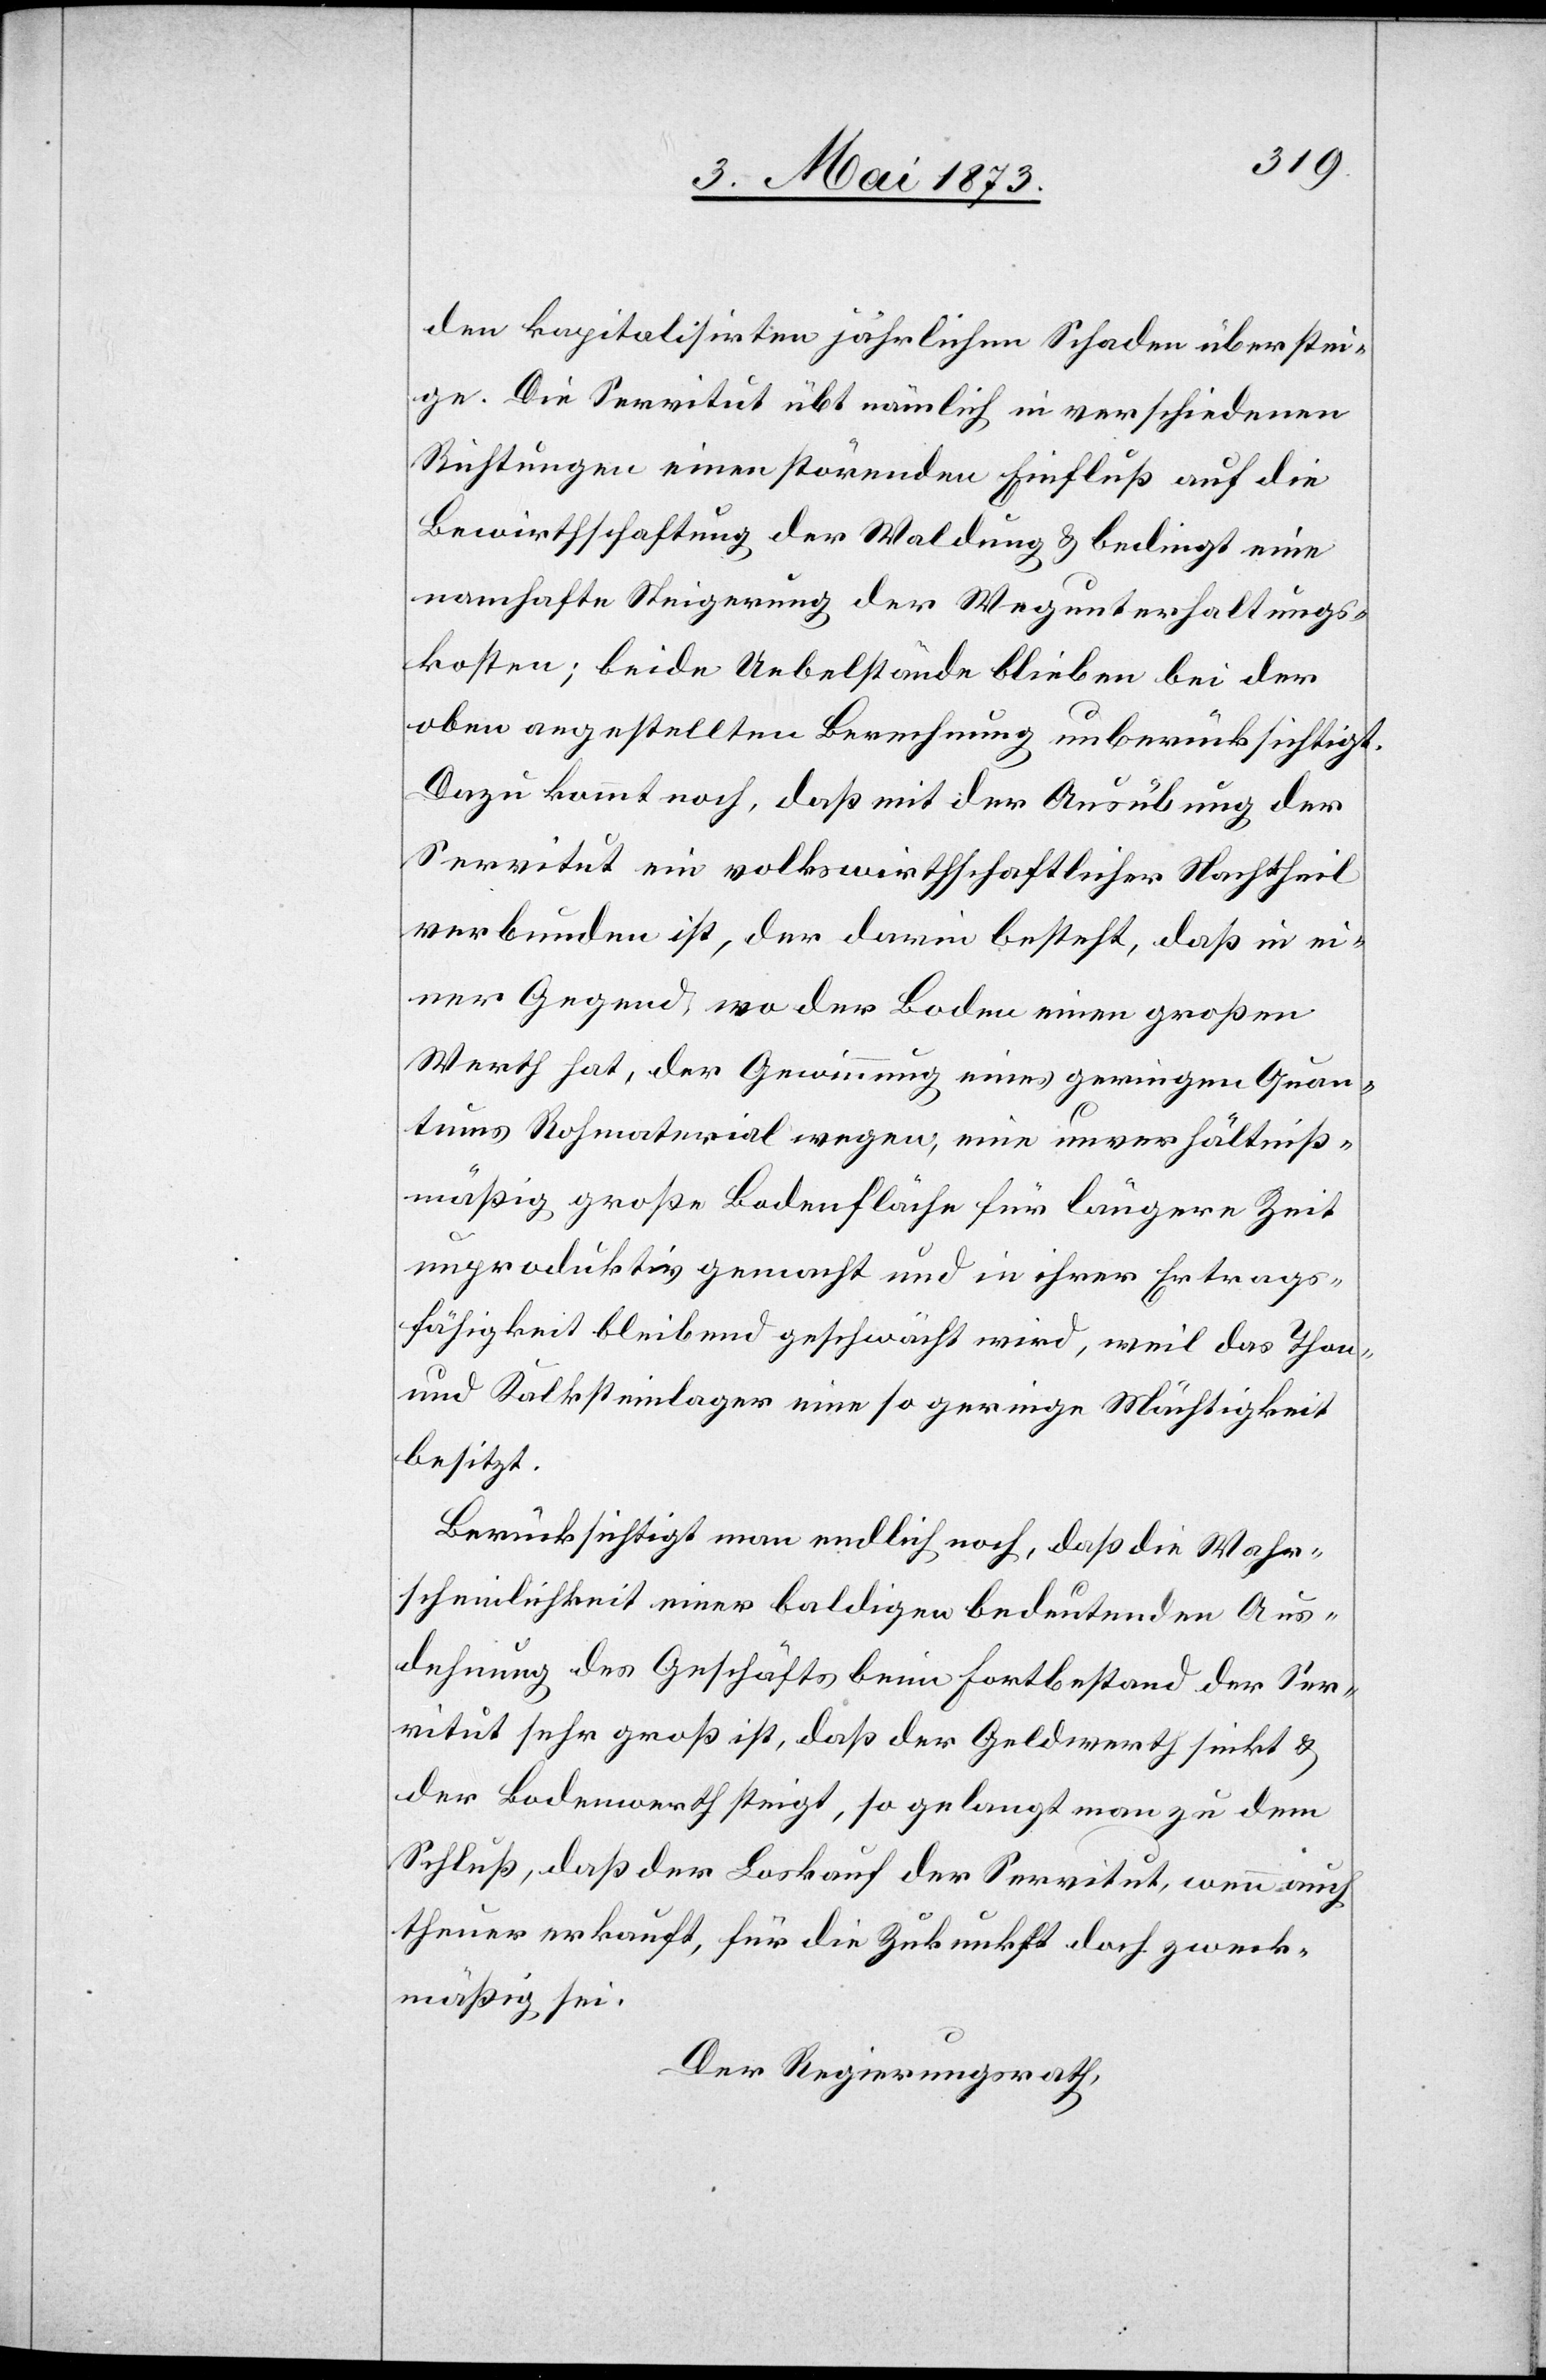
den kapitalisirten jährlichen Schaden überstei¬
ge. Die Servitut übt nämlich in verschiedenen
Richtungen einen störenden Einfluß auf die
Bewirthschaftung der Waldung & bedingt eine
namhafte Steigerung der Wegunterhaltungs¬
kosten; beide Uebelstände blieben bei der
oben angestellten Berechnung unberücksichtigt.
Dazu kommt noch, daß mit der Ausübung der
Servitut ein volkswirthschaftlicher Nachtheil
verbunden ist, der darin besteht, daß in ei¬
ner Gegend, wo der Boden einen großen
Werth hat, der Gewinnung eines geringen Quan¬
tums Rohmaterial wegen, eine unverhältniß¬
mäßig große Bodenfläche für längere Zeit
unproduktiv gemacht und in ihrer Ertrags¬
fähigkeit bleibend geschwächt wird, weil das Thon-
und Kalksteinlager eine so geringe Mächtigkeit
besitzt.
Berücksichtigt man endlich noch, daß die Wahr¬
scheinlichkeit einer baldigen bedeutenden Aus¬
dehnung des Geschäfts beim Fortbestand der Ser¬
vitut sehr groß ist, daß der Geldwerth sinkt &
der Bodenwerth steigt, so gelangt man zu dem
Schluß, daß der Loskauf der Servitut, wenn auch
theuer erkauft, für die Zukunft doch zweck¬
mäßig sei.
Der Regierungsrath,